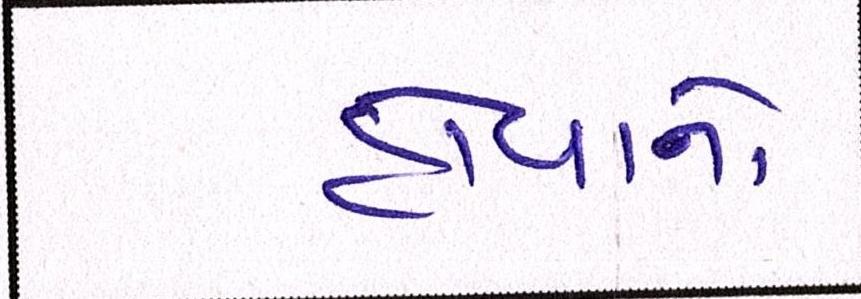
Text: હોવાનો